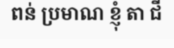
ពន់ ប្រមាណ ខ្ញុំ តា ជី